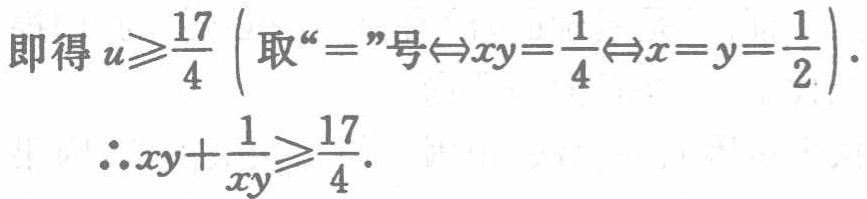
即得 \(u\geqslant\frac{17}{4}\left(\text{取“}= \text{”号}\Leftrightarrow xy = \frac{1}{4}\Leftrightarrow x = y=\frac{1}{2}\right).\)

\(\therefore xy+\frac{1}{xy}\geqslant\frac{17}{4}.\)